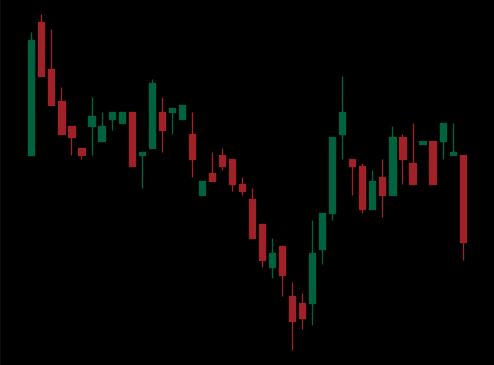
Pattern: inverse_head_shoulders